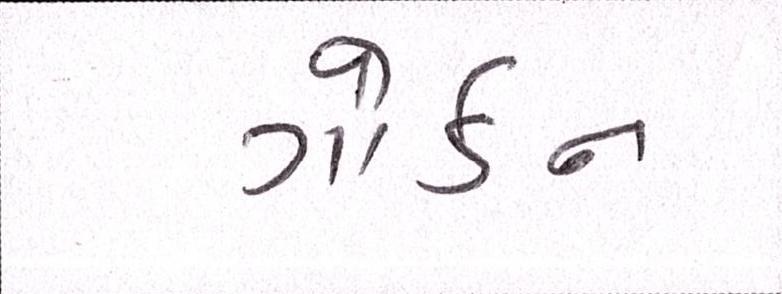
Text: ગોર્ડન